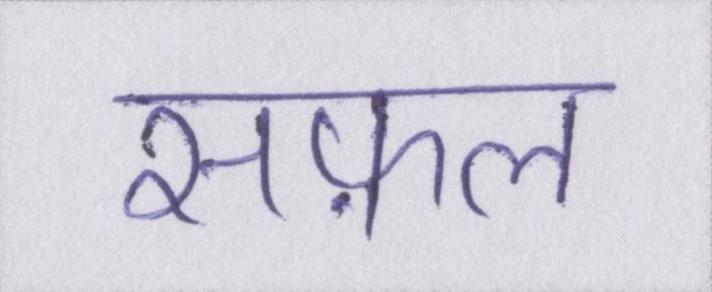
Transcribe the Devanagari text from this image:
सफ़ल